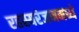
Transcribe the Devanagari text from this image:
रहस्यरंजनमध्ये